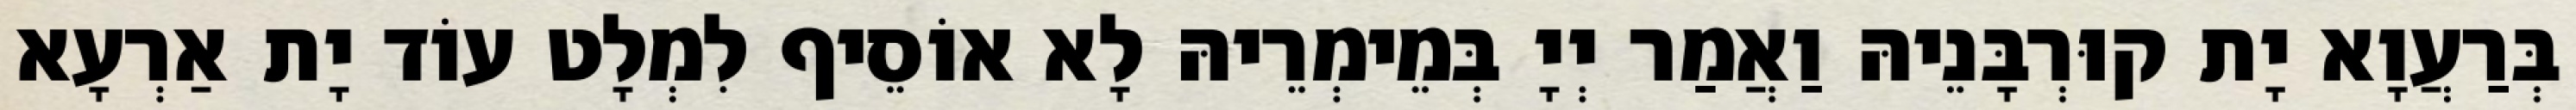
בְּרַעֲוָא יָת קוּרְבָּנֵיהּ וַאֲמַר יְיָ בְּמֵימְרֵיהּ לָא אוֹסֵיף לִמְלָט עוֹד יָת אַרְעָא